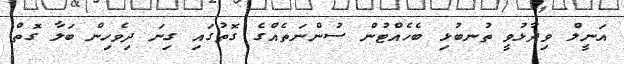
އަނީލް ވިދާޅުވީ ތުނބުޅި ބެހެއްޓުން ސުންނަތެއްގެ ގޮތުގައި ގިނަ ދިވެހިން ބަލާ ގޮތް